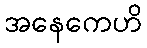
အနေကေဟိ